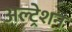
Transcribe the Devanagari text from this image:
अल्ट्रेशन